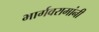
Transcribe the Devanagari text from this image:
भार्गवरामांनी